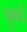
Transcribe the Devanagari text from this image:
पॄष्ठे